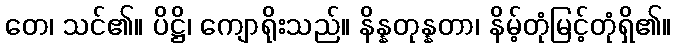
တေ၊ သင်၏။ ပိဋ္ဌိ၊ ကျောရိုးသည်။ နိန္နတုန္နတာ၊ နိမ့်တုံမြင့်တုံရှိ၏။